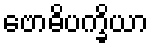
ဗောဓိပက္ခိယာ